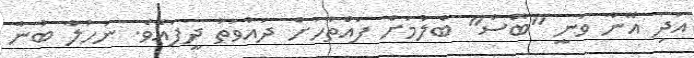
އަދި އޭނާ ވަނީ "ބޮސް" ބެލުމަށް ފައްތާހަށް ދައުވަތު ދީފައެވެ. ނަހުލާ ބުނާ